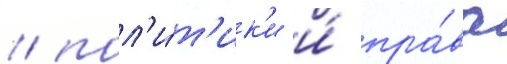
/ пол'и́т'ик'и и́ пра́ва